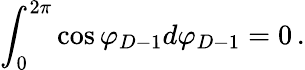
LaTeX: \int_{0}^{2\pi}\cos\varphi_{D-1}d\varphi_{D-1}=0\, .